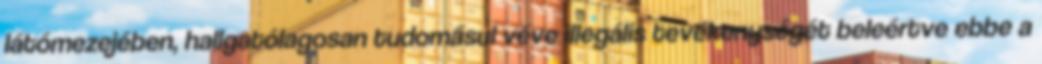
látómezejében, hallgatólagosan tudomásul véve illegális tevékenységét beleértve ebbe a